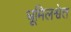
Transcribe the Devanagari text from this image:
धूमिलश्वेत